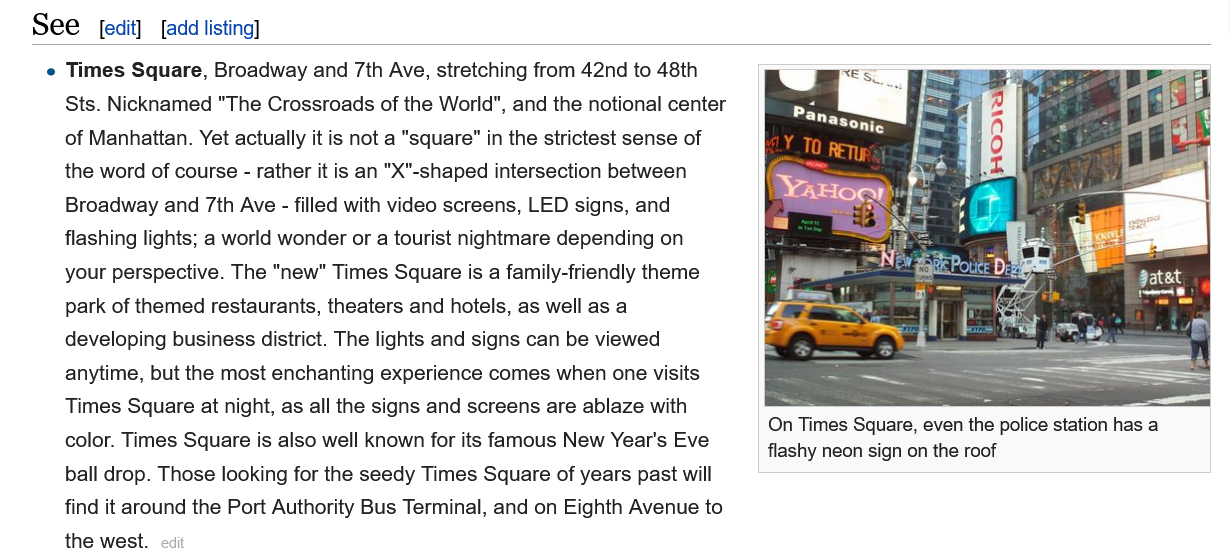
e Times Square, Broadway and 7th Ave, stretching from 42nd to 48th
     Sts. Nicknamed "The Crossroads of the World", and the notional center
     of Manhattan. Yet actually it is not a "square" in the strictest sense of
     the word of course - rather it is an "X"-shaped intersection between
     Broadway and 7th Ave - filled with video screens, LED signs, and
     flashing lights; a world wonder or a tourist nightmare depending on
     your perspective. The "new" Times Square is a family-friendly theme
     park of themed restaurants, theaters and hotels, as well as a
     developing business district. The lights and signs can be viewed
     anytime, but the most enchanting experience comes when one visits
     Times Square at night, as all the signs and screens are ablaze with
     color. Times Square is also well known for its famous New Year's Eve
     ball drop. Those looking for the seedy Times Square of years past will
     find it around the Port Authority Bus Terminal, and on Eighth Avenue to
     the west.
    See   [edit] [add listing]
     On Times Square, even the police station has a
     flashy neon sign on the roof